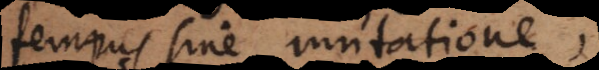
tempus sine mutatione.